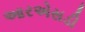
આરએસડી